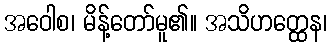
အဝေါစ၊ မိန့်တော်မူ၏။ အသိဟတ္ထေန၊